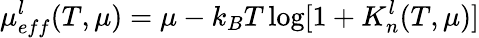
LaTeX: \mu_{eff}^{l}(T,\mu)=\mu-k_{B}T\log[1+K_{n}^{l}(T,\mu)]